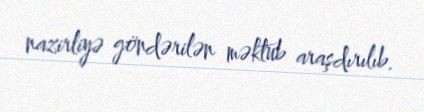
nazirliyə göndərilən məktub araşdırılıb.